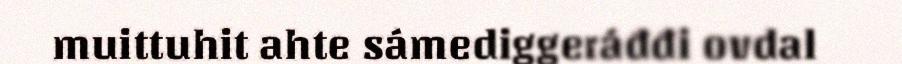
muittuhit ahte sámediggeráđđi ovdal